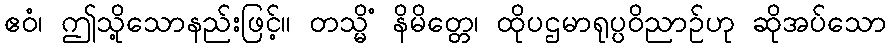
ဧဝံ၊ ဤသို့သောနည်းဖြင့်။ တသ္မိံ နိမိတ္တေ၊ ထိုပဌမာရုပ္ပဝိညာဉ်ဟု ဆိုအပ်သော